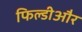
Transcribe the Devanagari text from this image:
फिल्डीऔर